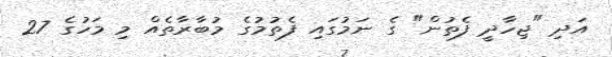
އަދި "ޖިހާދީ ފެތުން" ގެ ނަމުގައި ފެތުމުގެ މުބާރާތެއް މި މަހުގެ 27